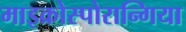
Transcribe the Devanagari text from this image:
माइक्रोस्पोरान्गिया